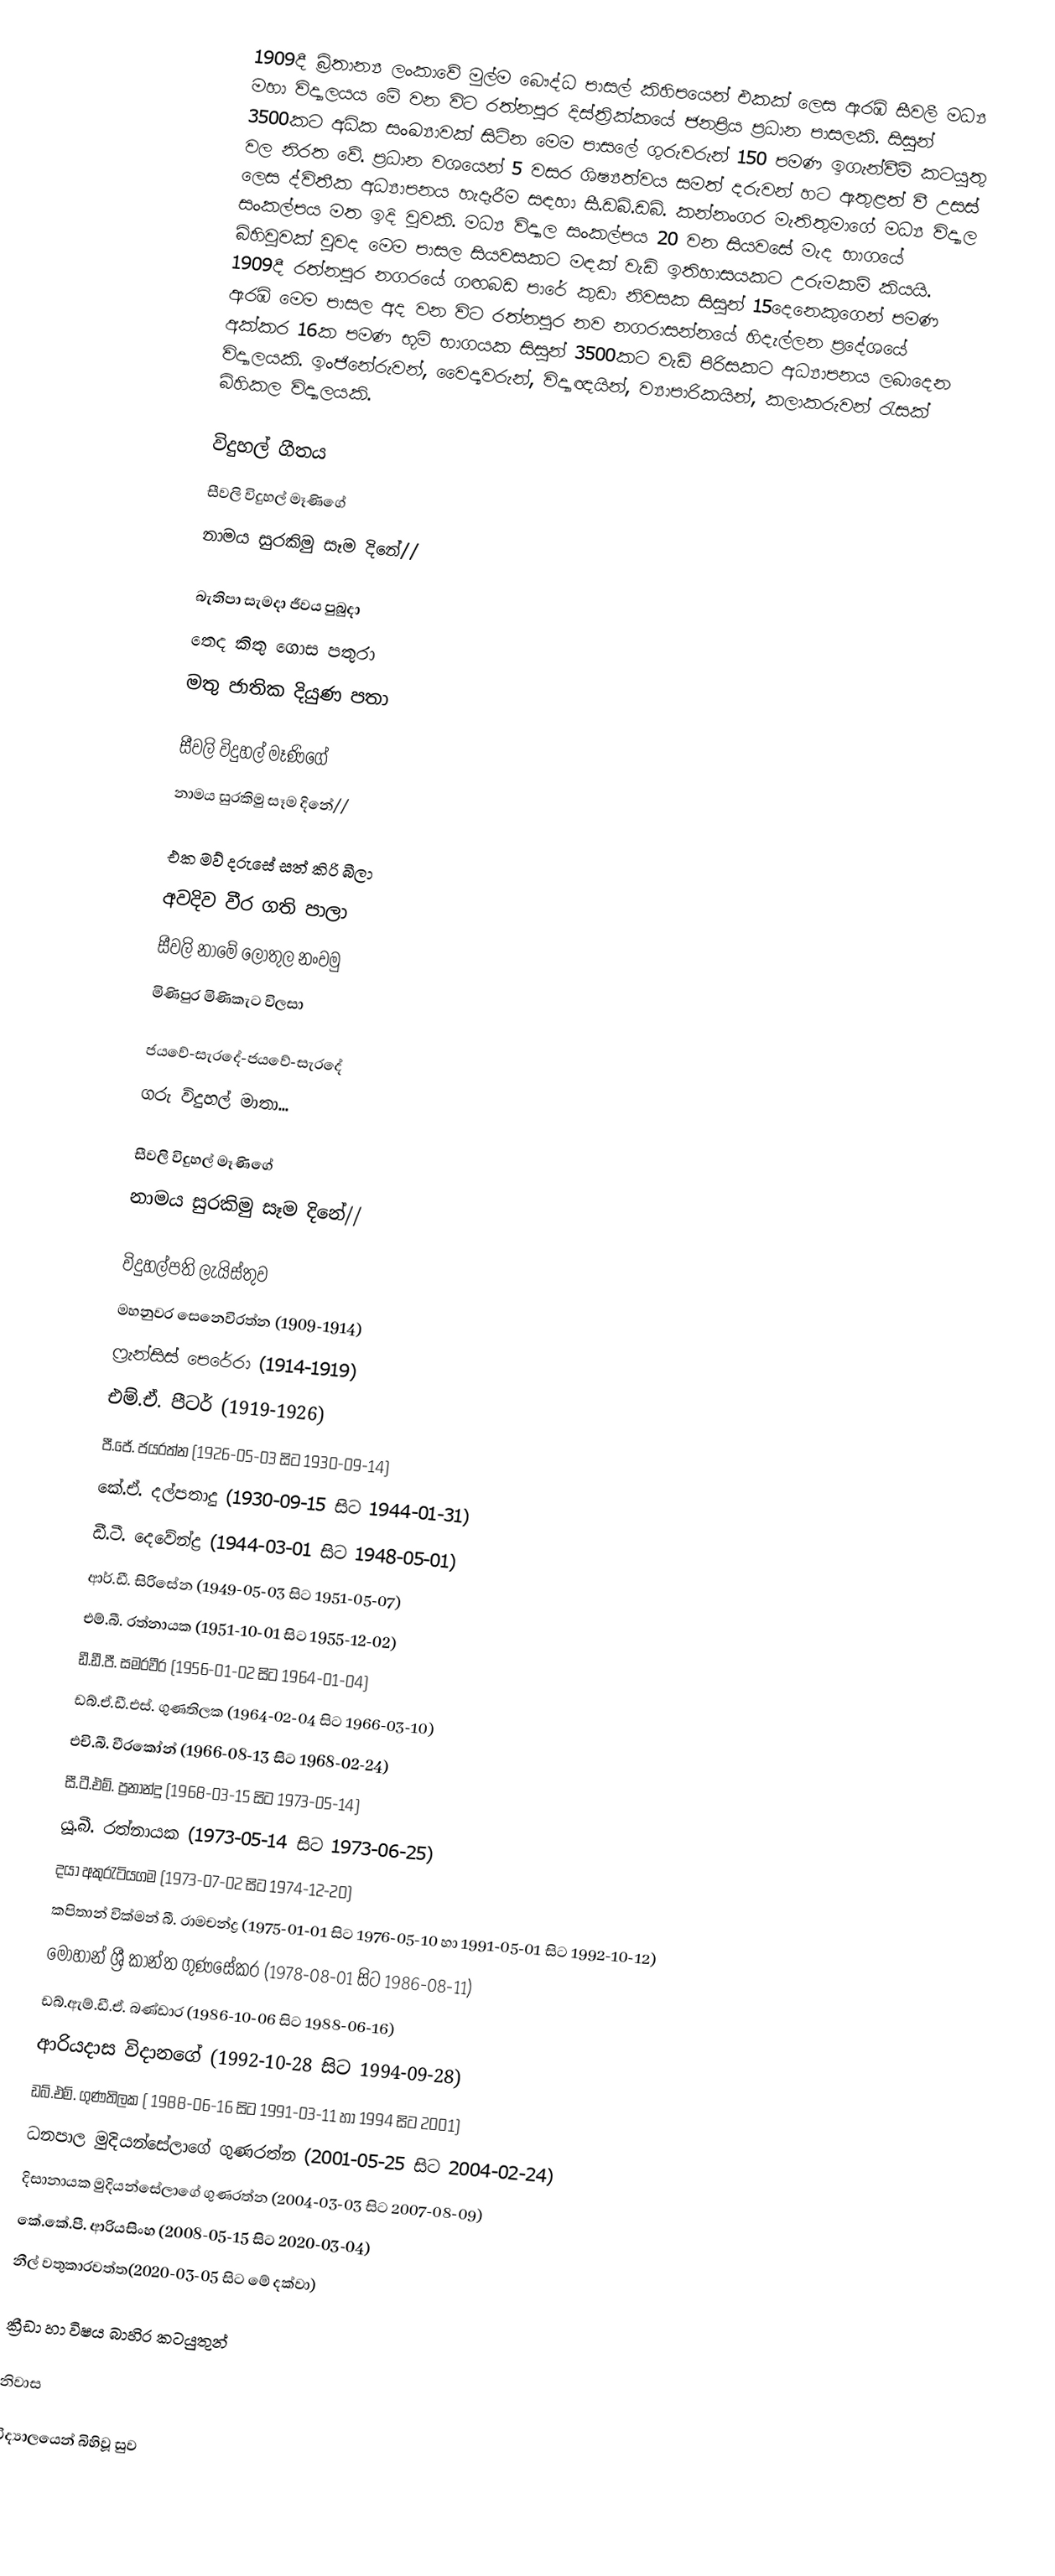
1909දී බ්‍රිතාන්‍ය ලංකාවේ මුල්ම බෞද්ධ පාසල් කිහිපයෙන් එකක් ලෙස ඇරඹි සීවලී මධ්‍ය මහා විද්‍යාලයය මේ වන විට රත්නපුර දිස්ත්‍රික්කයේ ජනප්‍රිය ප්‍රධාන පාසලකි. සිසුන් 3500කට අධික සංඛ්‍යාවක් සිටින මෙම පාසලේ ගුරුවරුන් 150 පමණ ඉගැන්වීම් කටයුතු වල නිරත වේ. ප්‍රධාන වශයෙන් 5 වසර ශිෂ්‍යත්වය සමත් දරුවන් හට ඇතුළත් වී උසස් ලෙස ද්විතීක අධ්‍යාපනය හැදෑරීම සඳහා සී.ඩබ්.ඩබ්. කන්නංගර මැතිතුමාගේ මධ්‍ය විද්‍යාල සංකල්පය මත ඉදි වූවකි. මධ්‍ය විද්‍යාල සංකල්පය 20 වන සියවසේ මැද භාගයේ බිහිවූවක් වුවද මෙම පාසල සියවසකට මඳක් වැඩි ඉතිහාසයකට උරුමකම් කියයි. 1909දී රත්නපුර නගරයේ ගඟබඩ පාරේ කුඩා නිවසක සිසුන් 15දෙනෙකුගෙන් පමණ ඇරඹි මෙම පාසල අද වන විට රත්නපුර නව නගරාසන්නයේ හිදැල්ලන ප්‍රදේශයේ අක්කර 16ක පමණ භූමි භාගයක සිසුන් 3500කට වැඩි පිරිසකට අධ්‍යාපනය ලබාදෙන විද්‍යාලයකි. ඉංජිනේරුවන්, වෛද්‍යවරුන්, විද්‍යාඥයින්, ව්‍යාපාරිකයින්, කලාකරුවන් රැසක් බිහිකල විද්‍යාලයකි.

විදුහල් ගීතය
සීවලි විදුහල් මෑණිගේ
නාමය සුරකිමු සෑම දිනේ//

බැතිපා සැමදා ජීවය පුබුදා
තෙද කිතු ගොස පතුරා
මතු ජාතික දියුණ පතා

සීවලි විදුහල් මෑණිගේ
නාමය සුරකිමු සෑම දිනේ//

එක මව් දරුසේ සත් කිරි බීලා
අවදිව වීර ගති පාලා
සීවලි නාමේ ලෝතුල නංවමු
මිණිපුර මිණිකැට විලසා

ජයවේ-සැරදේ-ජයවේ-සැරදේ
ගරු විදුහල් මාතා...

සීවලි විදුහල් මෑණිගේ
නාමය සුරකිමු සෑම දිනේ//

විදුහල්පති ලැයිස්තුව
 මහනුවර සෙනෙවිරත්න   (1909-1914)
 ෆ්‍රැන්සිස් පෙරේරා   (1914-1919)
 එම්.ඒ. පීටර්   (1919-1926)
 පී.ජේ. ජයරත්න   (1926-05-03 සිට 1930-09-14)
 කේ.ඒ. දල්පතාදු   (1930-09-15 සිට 1944-01-31)
 ඩී.ටී. දෙවේන්ද්‍ර  (1944-03-01 සිට 1948-05-01)
 ආර්.ඩී. සිරිසේන   (1949-05-03 සිට 1951-05-07)
 එම්.බී. රත්නායක   (1951-10-01 සිට 1955-12-02)
 ඩී.ඩී.පී. සමරවීර  (1956-01-02 සිට 1964-01-04)
 ඩබ්.ඒ.ඩී.එස්. ගුණතිලක  (1964-02-04 සිට 1966-03-10)
 එචි.බී. වීරකෝන්   (1966-08-13 සිට 1968-02-24)
 සී.ටී.එම්. ප්‍රනාන්දු  (1968-03-15 සිට 1973-05-14)
 යූ.බී. රත්නායක  (1973-05-14 සිට 1973-06-25)
 දයා අකුරැටියගම  (1973-07-02 සිට 1974-12-20)
 කපිතාන් වික්මන් බී. රාමචන්ද්‍ර   (1975-01-01 සිට 1976-05-10 හා 1991-05-01 සිට 1992-10-12)
 මොහාන් ශ්‍රී කාන්ත ගුණසේකර  (1978-08-01 සිට 1986-08-11)
 ඩබ්.ඇම්.ඩී.ඒ. බණ්ඩාර (1986-10-06 සිට 1988-06-16)
 ආරියදාස විදානගේ  (1992-10-28 සිට 1994-09-28)
 ඩබ්.එම්. ගුණතිලක  ( 1988-06-16 සිට 1991-03-11 හා 1994 සිට 2001)
 ධනපාල මුදියන්සේලාගේ ගුණරත්න   (2001-05-25 සිට 2004-02-24)
 දිසානායක මුදියන්සේලාගේ ගුණරත්න (2004-03-03 සිට 2007-08-09)
 කේ.කේ.පී. ආරියසිංහ   (2008-05-15 සිට 2020-03-04)
නීල් වතුකාරවත්ත(2020-03-05 සිට මේ දක්වා)

ක්‍රීඩා හා විෂය බාහිර කටයුතුන්

නිවාස

විද්‍යාලයෙන් බිහිවූ සුව